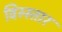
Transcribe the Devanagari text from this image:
विस्स्तार